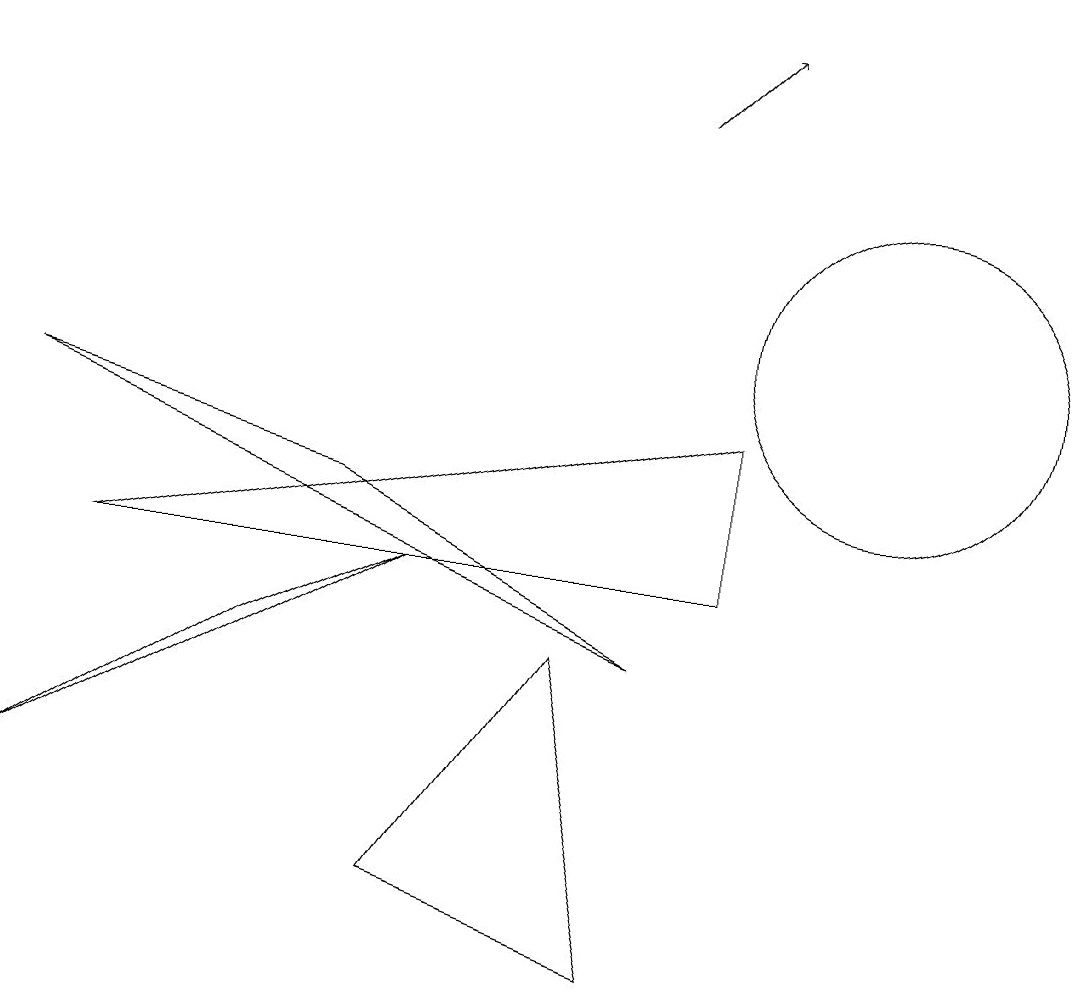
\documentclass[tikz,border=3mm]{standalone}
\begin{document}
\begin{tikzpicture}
\draw (9,9) -- (9,7) -- (1,7) -- cycle;
\draw (8,2) -- (5,3) -- (7,6) -- cycle;
\draw (5,7) -- (0,4) -- (3,6) -- cycle;
\draw (11,10) circle (2);
\draw (8,6) -- (4,8) -- (0,9) -- cycle;
\draw[->] (8,13) -- (9,14);
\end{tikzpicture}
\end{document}